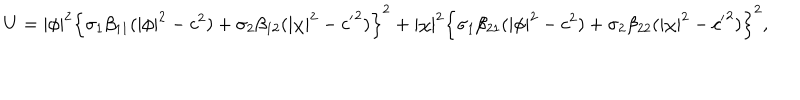
U = | \phi | ^ { 2 } \left\{ \sigma _ { 1 } \beta _ { 1 1 } ( | \phi | ^ { 2 } - c ^ { 2 } ) + \sigma _ { 2 } \beta _ { 1 2 } ( | \chi | ^ { 2 } - { c ^ { \prime } } ^ { 2 } ) \right\} ^ { 2 } + | \chi | ^ { 2 } \left\{ \sigma _ { 1 } \beta _ { 2 1 } ( | \phi | ^ { 2 } - c ^ { 2 } ) + \sigma _ { 2 } \beta _ { 2 2 } ( | \chi | ^ { 2 } - { c ^ { \prime } } ^ { 2 } ) \right\} ^ { 2 } ,